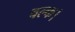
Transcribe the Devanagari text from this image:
वल्क।